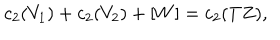
c _ { 2 } ( V _ { 1 } ) + c _ { 2 } ( V _ { 2 } ) + [ W ] = c _ { 2 } ( T Z ) ,